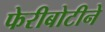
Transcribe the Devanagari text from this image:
फेरीबोटीने